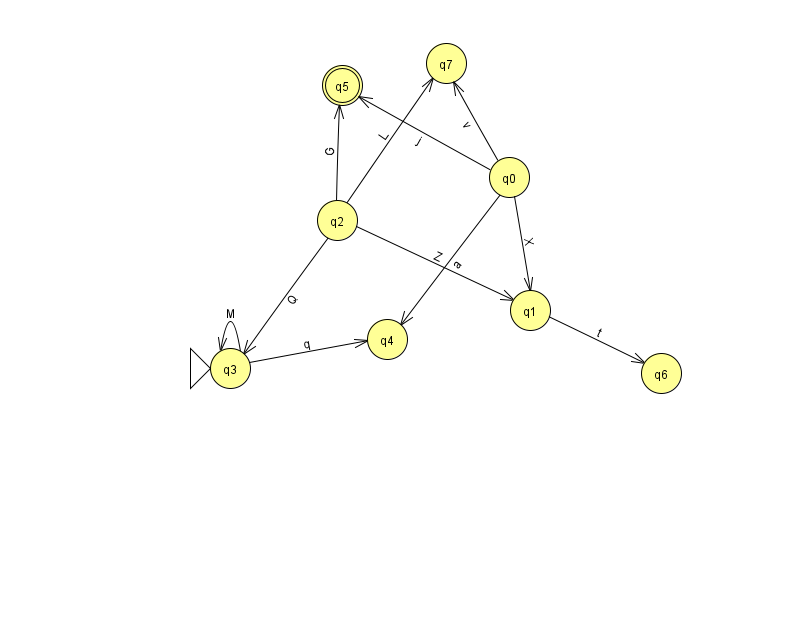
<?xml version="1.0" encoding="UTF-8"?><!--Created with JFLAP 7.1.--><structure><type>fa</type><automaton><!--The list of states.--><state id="0" name="q0"><x>509.0</x><y>164.0</y></state><state id="1" name="q1"><x>530.0</x><y>297.0</y></state><state id="2" name="q2"><x>337.0</x><y>207.0</y></state><state id="3" name="q3"><x>230.0</x><y>355.0</y><initial/></state><state id="4" name="q4"><x>387.0</x><y>326.0</y></state><state id="5" name="q5"><x>342.0</x><y>72.0</y><final/></state><state id="6" name="q6"><x>661.0</x><y>360.0</y></state><state id="7" name="q7"><x>446.0</x><y>50.0</y></state><!--The list of transitions.--><transition><from>2</from><to>7</to><read>L</read></transition><transition><from>0</from><to>1</to><read>X</read></transition><transition><from>2</from><to>3</to><read>Q</read></transition><transition><from>0</from><to>5</to><read>j</read></transition><transition><from>2</from><to>1</to><read>Z</read></transition><transition><from>1</from><to>6</to><read>t</read></transition><transition><from>0</from><to>7</to><read>v</read></transition><transition><from>2</from><to>5</to><read>G</read></transition><transition><from>0</from><to>4</to><read>a</read></transition><transition><from>3</from><to>3</to><read>M</read></transition><transition><from>3</from><to>4</to><read>q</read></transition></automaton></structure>